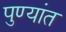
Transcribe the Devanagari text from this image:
पुण्यांत